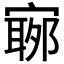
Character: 𡪬